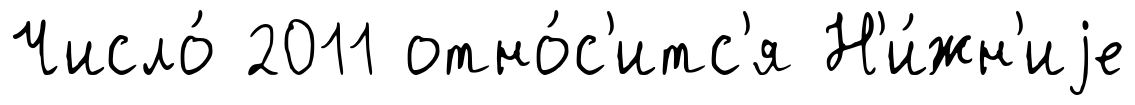
Число́ 2011 отно́с'итс'я Н'и́жн'иjе